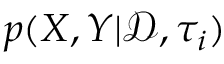
p ( X , Y | \mathcal { D } , \tau _ { i } )